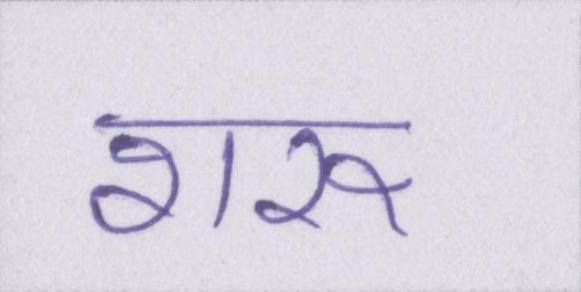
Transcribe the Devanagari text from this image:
शरू